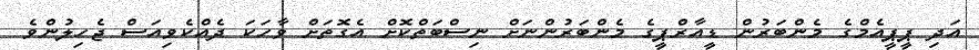
އަދި ޕީޕީއެމްގެ މެންބަރުން ޑީއާރްޕީގެ މެންބަރުންނަށް ނިސްބަތްކޮށް އެގޮތަށް ވާހަކަ ދެއްކެވިއަސް ޖެހިލުންވެ